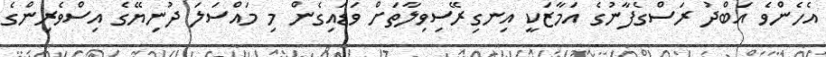
އެހެންވެ އަބްދު ރަސްގެފާނުގެ އަމާޒަކީ އިނގިރޭސިވިލާތަށް ވަޑައިގެން މި މައްސަލަ ދުނިޔޭގެ އިސްވެރިންގެ